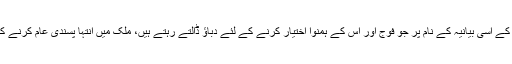
یہ عناصر قومی مفاد کے اسی بیانیہ کے نام پر جو فوج اور اس کے ہمنوا اختیار کرنے کے لئے دباؤ ڈالتے رہتے ہیں، ملک میں انتہا پسندی عام کرنے کا سبب بھی بنتے ہیں۔